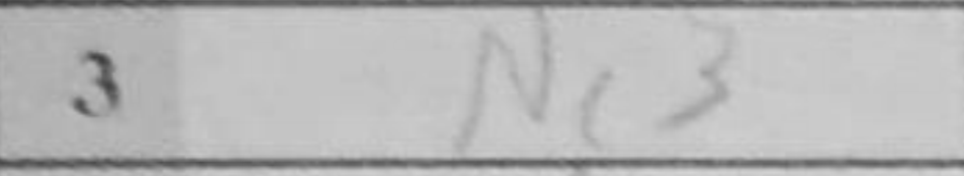
Transcription: Nc3